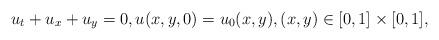
LaTeX: \begin{align*}u_t+u_x+u_y=0, u(x,y,0)=u_0(x,y), (x,y)\in[0,1]\times[0,1],\end{align*}